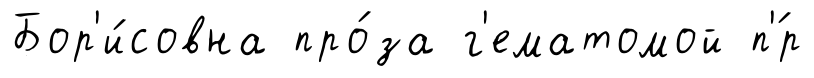
Бор'и́совна про́за г'ематомой п'́р